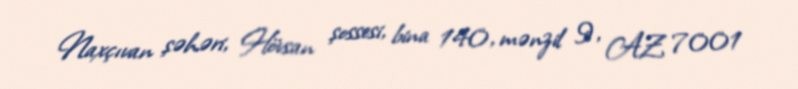
Naxçıvan şəhəri, Hövsan şossesi, bina 140, mənzil 9, AZ 7001